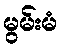
မွမ်းမံ